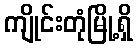
ကျိုင်းတုံမြို့ရှိ